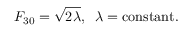
F _ { 3 0 } = \sqrt { 2 \lambda } , \; \; \lambda = \mathrm { c o n s t a n t } .